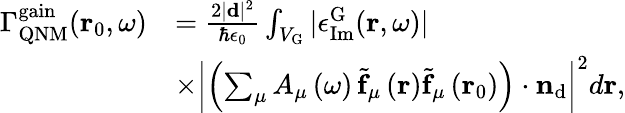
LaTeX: \begin{array}{rl}{\Gamma_{\mathrm{QNM}}^{\mathrm{gain}}(\mathbf{r}_{0},\omega)}&{=\frac{2|\mathbf{d}|^{2}}{\hbar\epsilon_{0}}\int_{V_{\mathrm{G}}}|\epsilon_{\mathrm{Im}}^{\mathrm{G}}(\mathbf{r},\omega)|}\\ &{\times\left|\left(\sum_{\mu}A_{\mu}\left(\omega\right)\, \tilde{\mathbf{f}}_{\mu}\left({\mathbf r}\right)\tilde{\mathbf{f}}_{\mu}\left({\mathbf r}_{0}\right)\right)\cdot\mathbf{n}_{\mathrm{d}}\right|^{2}d\mathbf{r},}\end{array}